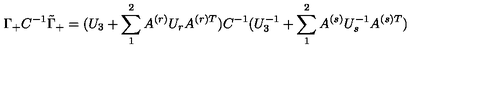
\Gamma _ { + } C ^ { - 1 } \tilde { \Gamma } _ { + } = ( U _ { 3 } + \sum _ { 1 } ^ { 2 } A ^ { ( r ) } U _ { r } A ^ { ( r ) T } ) C ^ { - 1 } ( U _ { 3 } ^ { - 1 } + \sum _ { 1 } ^ { 2 } A ^ { ( s ) } U _ { s } ^ { - 1 } A ^ { ( s ) T } )